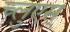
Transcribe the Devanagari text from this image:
च्लुएस्